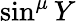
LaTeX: \sin^{\mu}Y